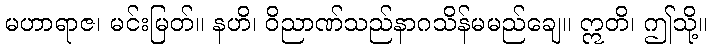
မဟာရာဇ၊ မင်းမြတ်။ နဟိ၊ ဝိညာဏ်သည်နာဂသိန်မမည်ချေ။ ဣတိ၊ ဤသို့။